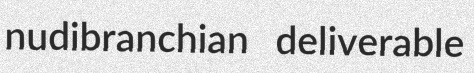
nudibranchian deliverable